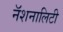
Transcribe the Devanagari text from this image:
नॅशनालिटी